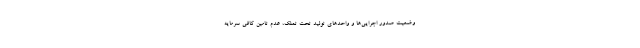
وضعیت صدور اجرایی‌ها و واحدهای تولید تحت تملک، عدم تامین کافی سرمایه